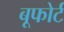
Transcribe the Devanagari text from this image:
बूफोर्ट